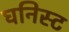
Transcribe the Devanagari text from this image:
घनिस्ट